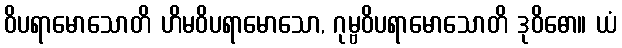
ဝိပရာမောသောတိ ဟိမဝိပရာမောသော, ဂုမ္ဗဝိပရာမောသောတိ ဒုဝိဓော။ ယံ